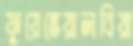
ফুয়েন্তেয়ালবিয়া